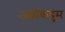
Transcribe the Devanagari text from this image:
अशोकद्रुम